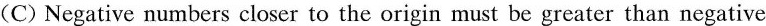
(C) Negative numbers closer to the origin must be greater than negative